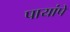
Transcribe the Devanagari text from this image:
पायांपें